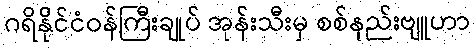
ဂရိနိုင်ငံဝန်ကြီးချုပ် အုန်းသီးမှ စစ်နည်းဗျူဟာ